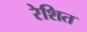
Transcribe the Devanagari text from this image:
रेशित